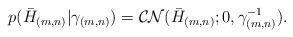
LaTeX: \begin{align*}p(\bar{H}_{(m,n)}|\gamma_{(m,n)})=\mathcal{CN}(\bar{H}_{(m,n)};0,\gamma_{(m,n)}^{-1}).\end{align*}